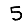
Digit: 5